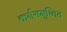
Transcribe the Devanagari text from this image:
कर्मसमुच्चित